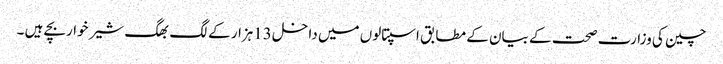
چین کی وزارت صحت کے بیان کے مطابق اسپتالوں میں داخل 13ہزار کے لگ بھگ شیر خواربچے ہیں ۔